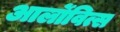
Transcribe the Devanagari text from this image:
आर्लोवित्स